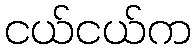
ငယ်ငယ်က